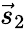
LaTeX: \vec{s}_{2}